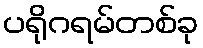
ပရိုဂရမ်တစ်ခု